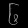
Digit: ၆